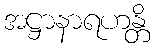
အဋ္ဌာနာရဟန္တိ